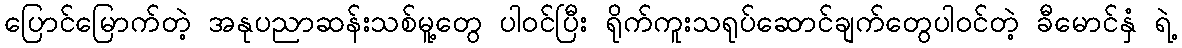
ပြောင်မြောက်တဲ့ အနုပညာဆန်းသစ်မူ့တွေ ပါဝင်ပြီး ရိုက်ကူးသရုပ်ဆောင်ချက်တွေပါဝင်တဲ့ ခီမောင်နှံ ရဲ့